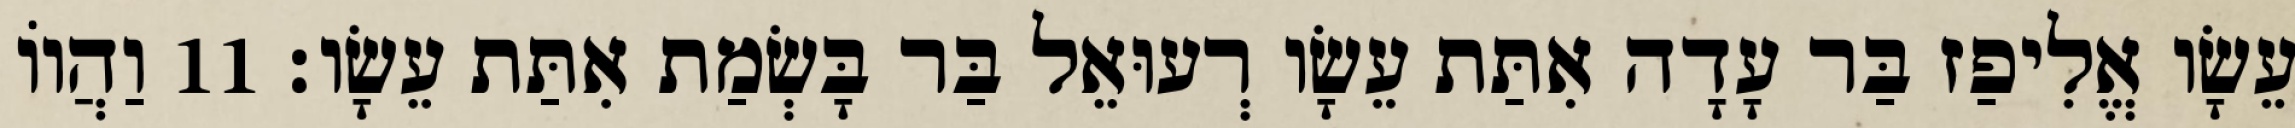
עֵשָׂו אֱלִיפַז בַּר עָדָה אִתַּת עֵשָׂו רְעוּאֵל בַּר בָּשְׂמַת אִתַּת עֵשָׂו׃ 11 וַהֲווֹ